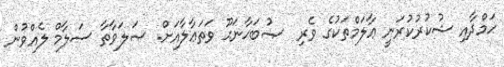
ޙަމްދާއި ޝުކުރުކުރަނީ ޢާލަމްތަކުގެ ވެރި  ޞުބަޙާނަޙޫ ވަތަޢާލާއަށް. ޞަލަވާތާ ސަލާމް ލެއްވުން